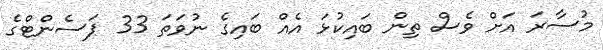
މުސާރަ އަށް ވެސް ތިން ބައިކުޅަ އެއް ބައިގެ ނުވަތަ 33 ޕަސެންޓްގެ